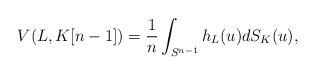
\begin{align*}V(L, K[n-1])=\frac{1}{n}\int_{S^{n-1}} h_L(u) dS_K(u),\end{align*}